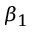
\beta _ { 1 }